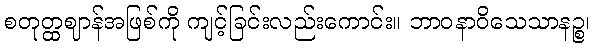
စတုတ္ထဈာန်အဖြစ်ကို ကျင့်ခြင်းလည်းကောင်း။ ဘာဝနာဝိသေသာနဉ္စ၊